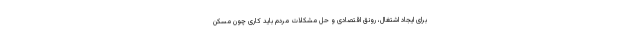
برای ایجاد اشتغال، رونق اقتصادی و حل مشکلات مردم باید کاری چون مسکن